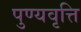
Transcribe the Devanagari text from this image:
पुण्यवृत्ति